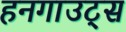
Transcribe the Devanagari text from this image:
हनगाउट्स